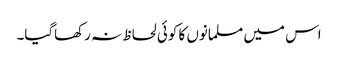
اس میں مسلمانوں کا کوئی لحاظ نہ رکھاگیا۔